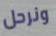
ونرحل